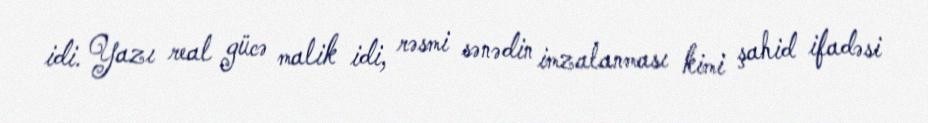
idi. Yazı real gücə malik idi, rəsmi sənədin imzalanması kimi şahid ifadəsi